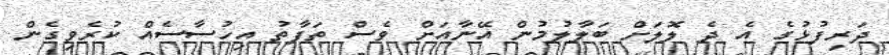
ދަރިފުޅުގެ އެ ދެ ލޮލަށް ބަލާލުމުން އޭނާއަށް ވެސް ތަފާތު އިހުސާސެއް ކުރެވިގެން